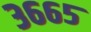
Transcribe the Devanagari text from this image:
३६६५